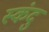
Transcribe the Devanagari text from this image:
स्कंदु